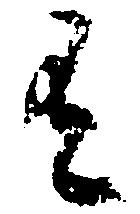
有